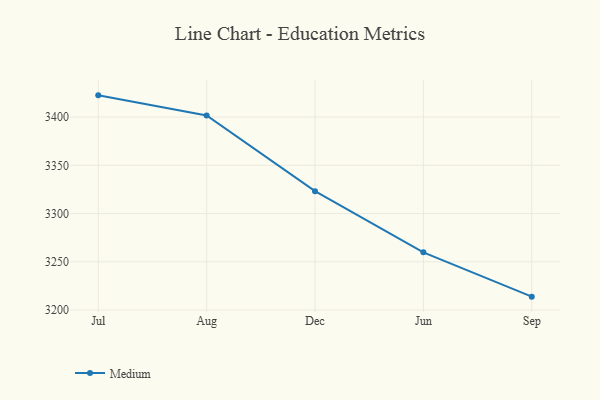
{"axis": {"x": "Month", "y": "Production Output"}, "legend": ["Medium"], "data": [{"x": "Jul", "y": 3422.5, "type": "Medium"}, {"x": "Aug", "y": 3401.6, "type": "Medium"}, {"x": "Dec", "y": 3323.2, "type": "Medium"}, {"x": "Jun", "y": 3259.8, "type": "Medium"}, {"x": "Sep", "y": 3213.9, "type": "Medium"}]}